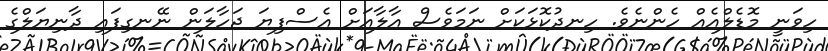
ހިވަނީ މޮޑެލްއެއް ހެންނެވެ. ހިނދުކޮޅަކަށް ނަމަވެސް އާލާއަށް އެސްފިޔަ ޖަހާލަން ނޭނގިފައި ދާނިޔަލްގެ